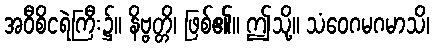
အဝီစိငရဲကြီး၌။ နိဗ္ဗတ္တိ၊ ဖြစ်၏။ ဤသို့။ သံဝေဂမဂမာသိ၊